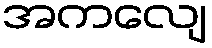
အကလျေ